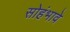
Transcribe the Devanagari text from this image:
सोहंभावे